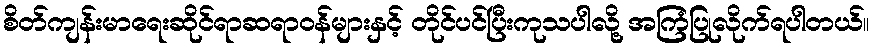
စိတ်ကျန်းမာရေးဆိုင်ရာဆရာဝန်များနှင့် တိုင်ပင်ပြီးကုသပါလို့ အကြံပြုလိုက်ရပါတယ်။